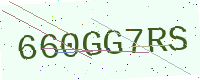
Text: 660GG7RS